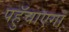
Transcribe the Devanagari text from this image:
पहुॅचाएगा